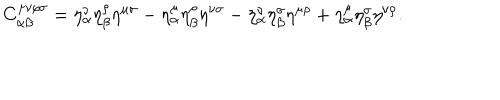
LaTeX: C _ { \alpha \beta } ^ { \mu \nu \rho \sigma } = \eta _ { \alpha } ^ { \nu } \eta _ { \beta } ^ { \rho } \eta ^ { \mu \sigma } - \eta _ { \alpha } ^ { \mu } \eta _ { \beta } ^ { \rho } \eta ^ { \nu \sigma } - \eta _ { \alpha } ^ { \nu } \eta _ { \beta } ^ { \sigma } \eta ^ { \mu \rho } + \eta _ { \alpha } ^ { \mu } \eta _ { \beta } ^ { \sigma } \eta ^ { \nu \rho } .